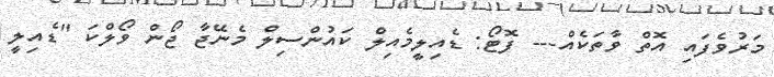
މަރުވެފައި އޮތް ވާތަކެއް--- ފޮޓޯ: ޑެއިލީމެއިލް ކައުންސިލް މެނޭޖާ ޖޯން ވޯލްކަ "ޑެއިލީ